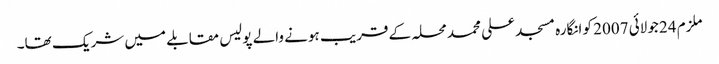
ملزم 24 جولائی 2007 کو انگارہ مسجد علی محمد محلہ کے قریب ہونے والے پولیس مقابلے میں شریک تھا۔